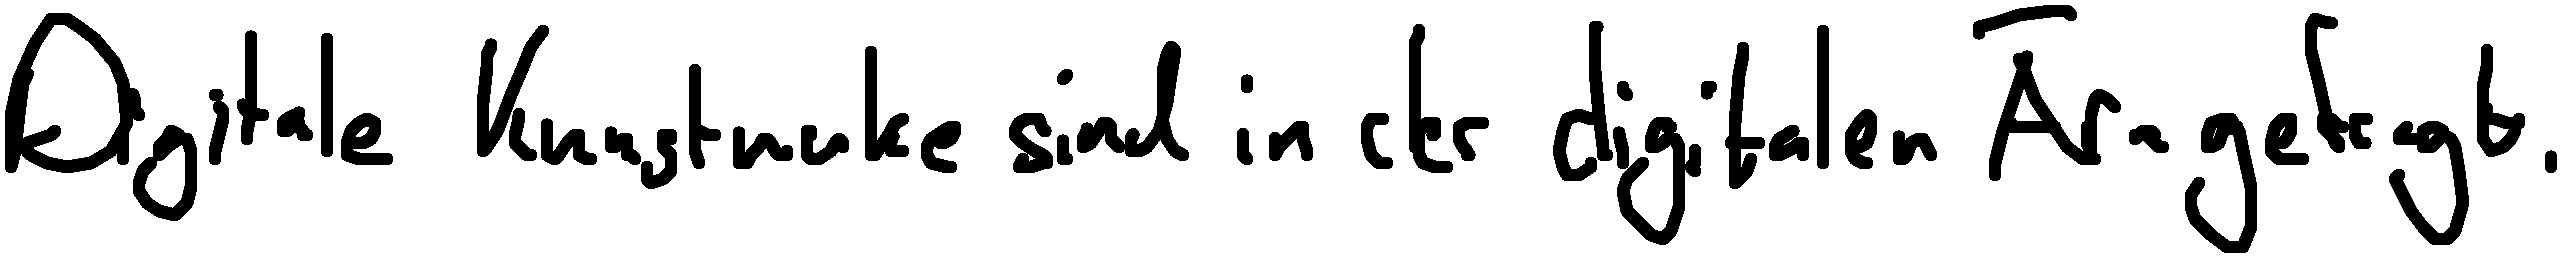
Digitale Kunstwerke sind in der digitalen Ära gefragt.